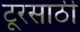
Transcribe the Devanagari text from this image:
टूरसाठी